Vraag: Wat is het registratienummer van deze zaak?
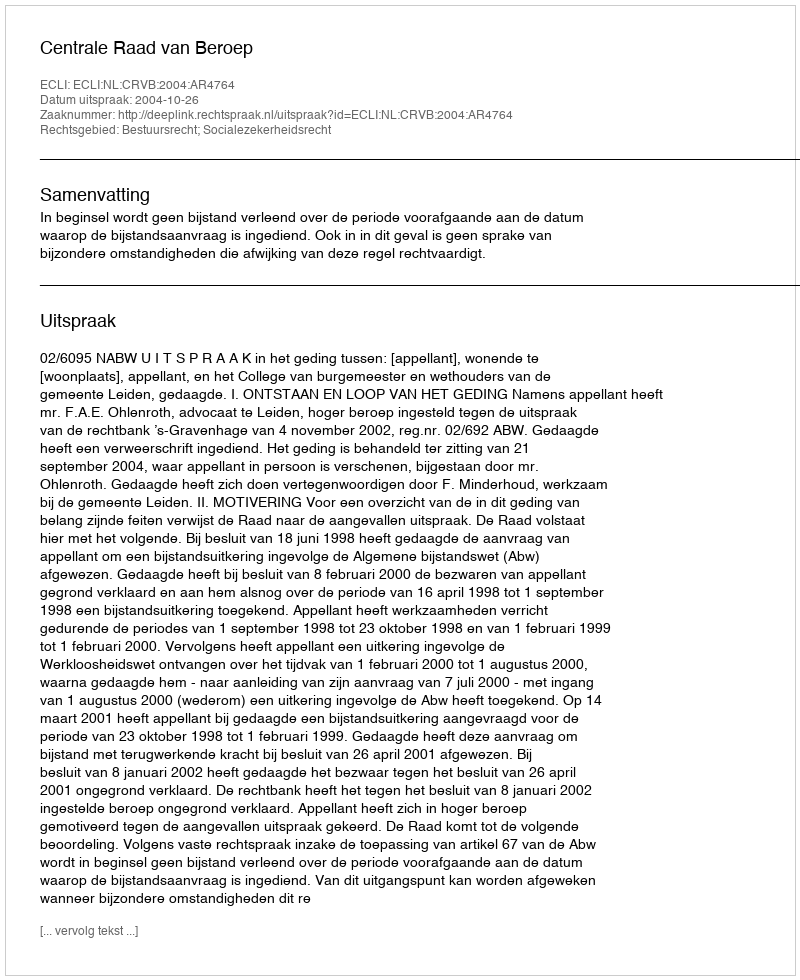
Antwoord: http://deeplink.rechtspraak.nl/uitspraak?id=ECLI:NL:CRVB:2004:AR4764